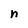
Character: n